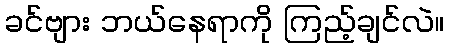
ခင်ဗျား ဘယ်နေရာကို ကြည့်ချင်လဲ။